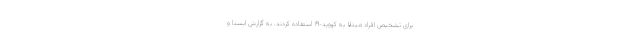
برای تشخیص افراد مبتلا به کووید-۱۹ استفاده کردند. به گزارش ایسنا و